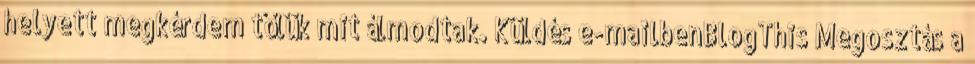
helyett megkérdem tőlük mit álmodtak. Küldés e-mailbenBlogThis Megosztás a